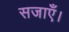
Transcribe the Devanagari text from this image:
सजाएँ।